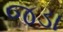
જડા